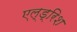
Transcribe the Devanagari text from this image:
एल्ड्रिश